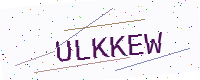
Text: ULKKEW